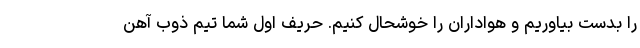
را بدست بیاوریم و هواداران را خوشحال کنیم. حریف اول شما تیم ذوب آهن